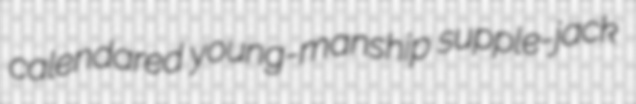
calendared young-manship supple-jack